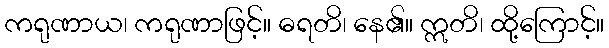
ကရုဏာယ၊ ကရုဏာဖြင့်။ ဓရတိ၊ နေ၏။ ဣတိ၊ ထို့ကြောင့်။